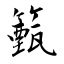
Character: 籈